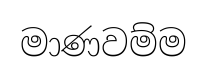
මාණවම්ම